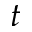
t